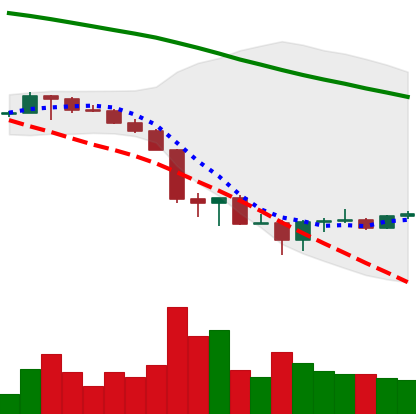
Ticker: BTC-USD
Chart end date: 2022-06-24
Forward return: -5.311%
Label: down_5_7